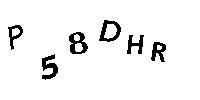
P58DHR